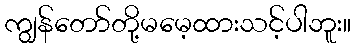
ကျွန်တော်တို့မမေ့ထားသင့်ပါဘူး။